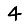
Digit: 4